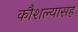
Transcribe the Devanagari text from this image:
कौशल्यासह